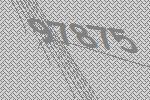
97875